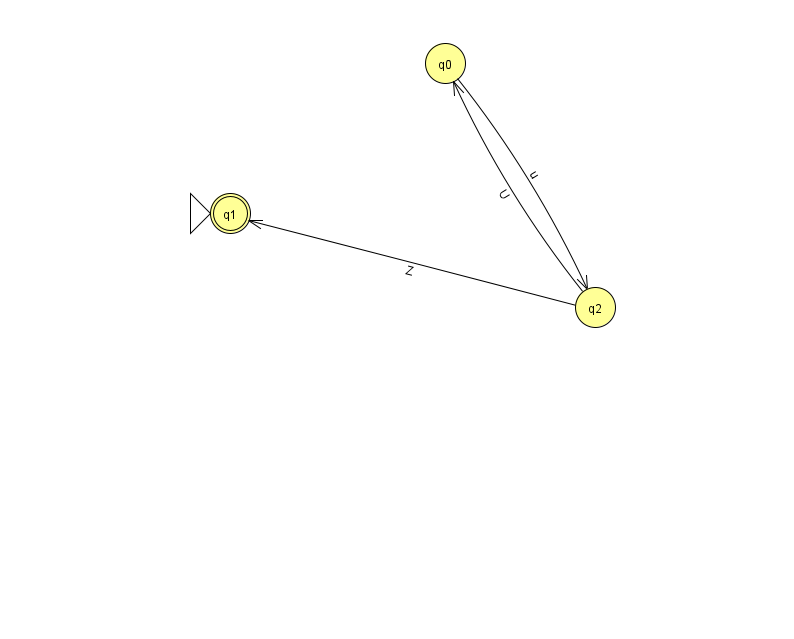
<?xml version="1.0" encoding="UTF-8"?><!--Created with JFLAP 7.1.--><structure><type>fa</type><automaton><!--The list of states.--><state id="0" name="q0"><x>445.0</x><y>50.0</y></state><state id="1" name="q1"><x>230.0</x><y>200.0</y><initial/><final/></state><state id="2" name="q2"><x>595.0</x><y>294.0</y></state><!--The list of transitions.--><transition><from>0</from><to>2</to><read>u</read></transition><transition><from>2</from><to>0</to><read>U</read></transition><transition><from>2</from><to>1</to><read>Z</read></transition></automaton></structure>